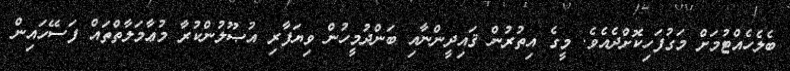
ބެލެހެއްޓުމަށް މަގުފަހިކޮށްދެއެވެ. މީގެ އިތުރުން ޤައިދީންނާއި ބަންދުމީހުން ވިޔަފާރި އުޞޫލުންކުރާ މުޢާމަލާތްތައް ފަސޭހައިން